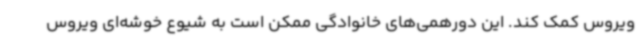
ویروس کمک کند. این دورهمی‌های خانوادگی ممکن است به شیوع خوشه‌ای ویروس